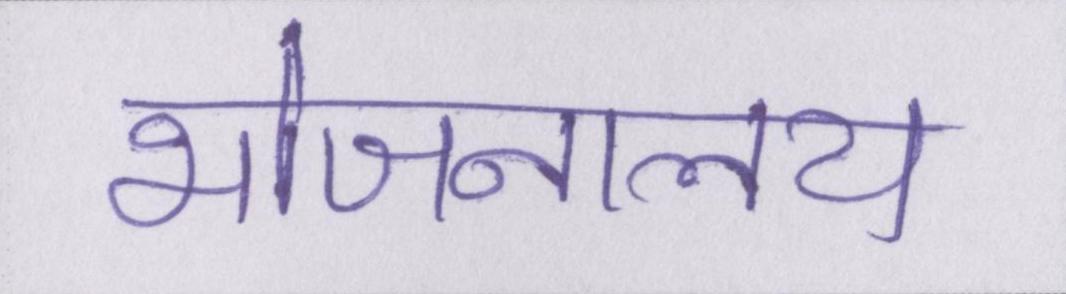
भोजनालय